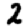
Digit: 2